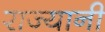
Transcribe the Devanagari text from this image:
राज्यानी